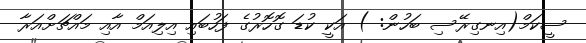
ސީކަމް(އިނގިރޭސި ބަހުން: ) އަކީ ކުޑަ ގޮހޮރުގެ ފަހުބައި އިލިއަމް އާއި މައްޗަށްއަރާ